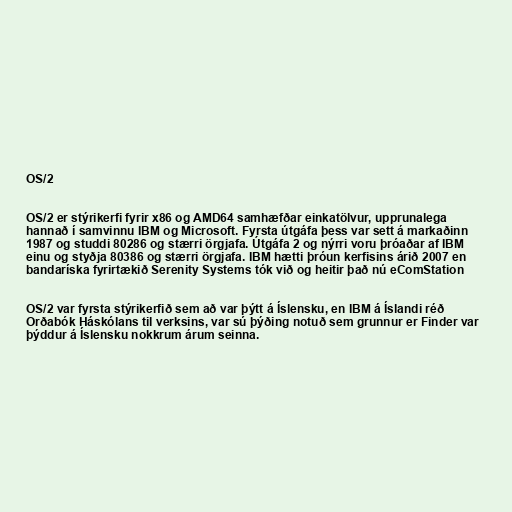
OS/2

OS/2 er stýrikerfi fyrir x86 og AMD64 samhæfðar einkatölvur, upprunalega
hannað í samvinnu IBM og Microsoft. Fyrsta útgáfa þess var sett á markaðinn
1987 og studdi 80286 og stærri örgjafa. Útgáfa 2 og nýrri voru þróaðar af IBM
einu og styðja 80386 og stærri örgjafa. IBM hætti þróun kerfisins árið 2007 en
bandaríska fyrirtækið Serenity Systems tók við og heitir það nú eComStation

OS/2 var fyrsta stýrikerfið sem að var þýtt á Íslensku, en IBM á Íslandi réð
Orðabók Háskólans til verksins, var sú þýðing notuð sem grunnur er Finder var
þýddur á Íslensku nokkrum árum seinna.